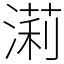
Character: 𣼵